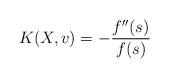
LaTeX: \begin{align*} K(X,v)=-\frac{f''(s)}{f(s)}\end{align*}